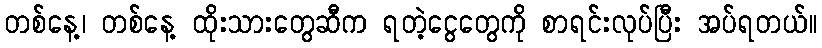
တစ်နေ့၊ တစ်နေ့ ထိုးသားတွေဆီက ရတဲ့ငွေတွေကို စာရင်းလုပ်ပြီး အပ်ရတယ်။